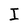
Character: I